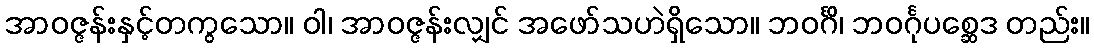
အာဝဇ္ဇန်းနှင့်တကွသော။ ဝါ၊ အာဝဇ္ဇန်းလျှင် အဖော်သဟဲရှိသော။ ဘဝင်္ဂိ၊ ဘဝင်္ဂုပစ္ဆေဒ တည်း။